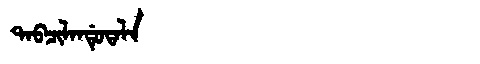
Manchu: ᡨᠠᠪᠴᡳᠯᠠᠨᡩᡠᡨᠠᠯᠠ
Romanization: TABCILANDUTALA